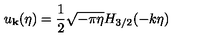
u _ { \bf k } ( \eta ) = \frac { 1 } { 2 } \sqrt { - \pi \eta } H _ { 3 / 2 } ( - k \eta )